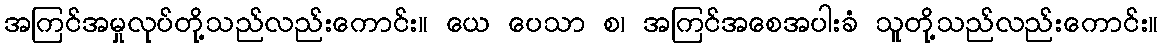
အကြင်အမှုလုပ်တို့သည်လည်းကောင်း။ ယေ ပေသာ စ၊ အကြင်အစေအပါးခံ သူတို့သည်လည်းကောင်း။